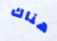
هناك